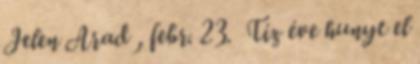
Jelen Arad , febr. 23. Tíz éve hunyt el